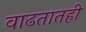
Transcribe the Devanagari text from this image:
वाढतातही